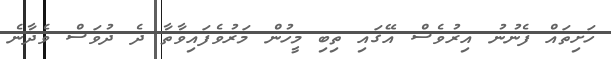
ހަށިތައް ފެނުނު އިރުވެސް އޭގައި ތިބި މީހުން މަރުވެފައިވާތާ ދެ ދުވަސް ވެދާނެ